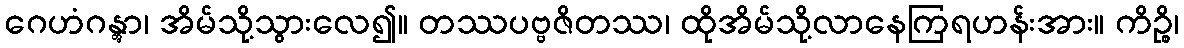
ဂေဟံဂန္တွာ၊ အိမ်သို့သွားလေ၍။ တဿပဗ္ဗဇိတဿ၊ ထိုအိမ်သို့လာနေကြရဟန်းအား။ ကိဉ္စိ၊